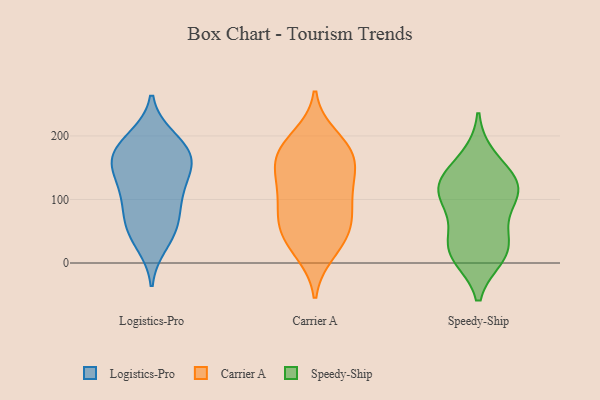
{"axis": {"x": "Shipments", "y": "Value"}, "legend": ["Carrier A", "Logistics-Pro", "Speedy-Ship"], "data": [{"x": "", "y": 166, "type": "Logistics-Pro"}, {"x": "", "y": 162, "type": "Logistics-Pro"}, {"x": "", "y": 30, "type": "Logistics-Pro"}, {"x": "", "y": 79, "type": "Logistics-Pro"}, {"x": "", "y": 47, "type": "Logistics-Pro"}, {"x": "", "y": 108, "type": "Logistics-Pro"}, {"x": "", "y": 118, "type": "Logistics-Pro"}, {"x": "", "y": 52, "type": "Logistics-Pro"}, {"x": "", "y": 171, "type": "Logistics-Pro"}, {"x": "", "y": 197, "type": "Logistics-Pro"}, {"x": "", "y": 195, "type": "Logistics-Pro"}, {"x": "", "y": 151, "type": "Logistics-Pro"}, {"x": "", "y": 172, "type": "Logistics-Pro"}, {"x": "", "y": 150, "type": "Logistics-Pro"}, {"x": "", "y": 71, "type": "Logistics-Pro"}, {"x": "", "y": 113, "type": "Logistics-Pro"}, {"x": "", "y": 198, "type": "Carrier A"}, {"x": "", "y": 181, "type": "Carrier A"}, {"x": "", "y": 17, "type": "Carrier A"}, {"x": "", "y": 26, "type": "Carrier A"}, {"x": "", "y": 50, "type": "Carrier A"}, {"x": "", "y": 166, "type": "Carrier A"}, {"x": "", "y": 108, "type": "Carrier A"}, {"x": "", "y": 142, "type": "Carrier A"}, {"x": "", "y": 175, "type": "Carrier A"}, {"x": "", "y": 139, "type": "Carrier A"}, {"x": "", "y": 77, "type": "Carrier A"}, {"x": "", "y": 56, "type": "Carrier A"}, {"x": "", "y": 120, "type": "Carrier A"}, {"x": "", "y": 92, "type": "Carrier A"}, {"x": "", "y": 172, "type": "Carrier A"}, {"x": "", "y": 58, "type": "Carrier A"}, {"x": "", "y": 76, "type": "Speedy-Ship"}, {"x": "", "y": 114, "type": "Speedy-Ship"}, {"x": "", "y": 31, "type": "Speedy-Ship"}, {"x": "", "y": 111, "type": "Speedy-Ship"}, {"x": "", "y": 21, "type": "Speedy-Ship"}, {"x": "", "y": 12, "type": "Speedy-Ship"}, {"x": "", "y": 165, "type": "Speedy-Ship"}, {"x": "", "y": 127, "type": "Speedy-Ship"}, {"x": "", "y": 111, "type": "Speedy-Ship"}, {"x": "", "y": 19, "type": "Speedy-Ship"}, {"x": "", "y": 131, "type": "Speedy-Ship"}]}